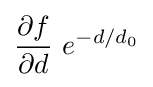
{\frac {\partial f}{\partial d}}~e^{-d/d_{0}}